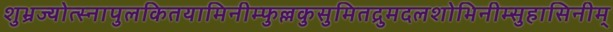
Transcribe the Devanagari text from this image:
शुभ्रज्योत्स्नापुलकितयामिनीम्फुल्लकुसुमितद्रुमदलशोभिनीम्सुहासिनीम्